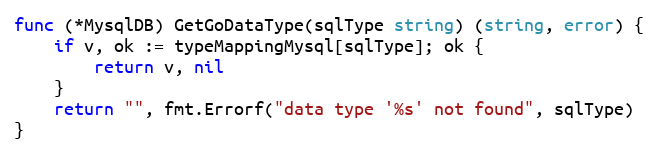
Language: Go
func (*MysqlDB) GetGoDataType(sqlType string) (string, error) {
	if v, ok := typeMappingMysql[sqlType]; ok {
		return v, nil
	}
	return "", fmt.Errorf("data type '%s' not found", sqlType)
}